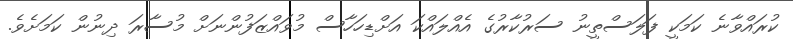
ކުރައްވާނެ ކަމަކީ ފަލަސްތީނު ސަރުކާރުގެ އެއްލައްކަ އަށްޑިހަހާސް މުވައްޒަފުންނަށް މުސާރަ ދިނުން ކަމަށެވެ.